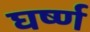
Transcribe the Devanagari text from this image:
घर्ष्ण